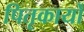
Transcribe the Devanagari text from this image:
पितृकार्यों